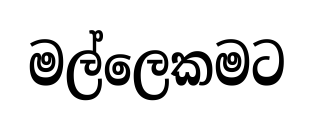
මල්ලෙකමට